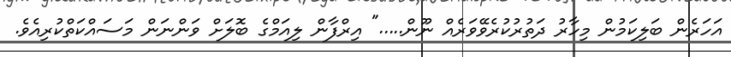
އަހަރެން ބަލިކަމުން މިހާރު ދަތުރުކުރެވޭވަރެއް ނޫން....." އިރްފާން ލިއަމްގެ ބޮލަށް ވަންނަން މަސައްކަތްކުރިއެވެ.